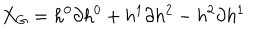
LaTeX: X _ { G } = h ^ { 0 } \partial { h ^ { 0 } } + h ^ { 1 } \partial { h ^ { 2 } } - h ^ { 2 } \partial { h ^ { 1 } }